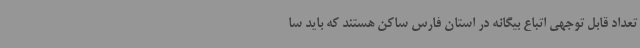
تعداد قابل توجهی اتباع بیگانه در استان فارس ساکن هستند که باید سا